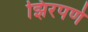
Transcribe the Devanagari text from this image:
झिरपणे